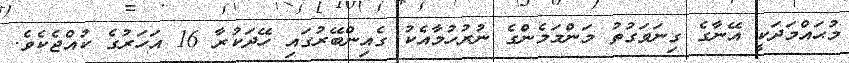
މުޙައްމަދަކީ އޭނާގެ ގިނަވަގުތު މަންމަމެންގެ ނުރުހުމާއެކު ގެއިންބޭރުގައި ހޭދަކުރާ 16 އަހަރުގެ ކުއްޖެކެވެ.